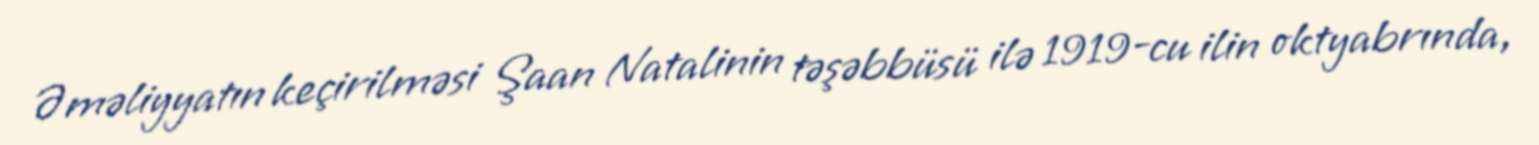
Əməliyyatın keçirilməsi Şaan Natalinin təşəbbüsü ilə 1919-cu ilin oktyabrında,